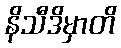
နိသီဒိမှာတိ